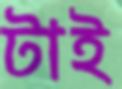
টাই